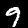
Digit: 9